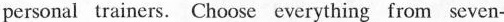
personal trainers. Choose everythipg from seven-